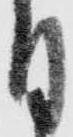
付